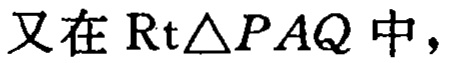
又在\(Rt\triangle PAQ\)中，